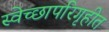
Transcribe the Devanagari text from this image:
स्वेच्छापरिगृहीत